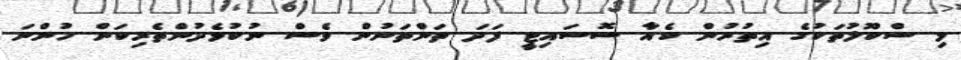
މި ސްކޫލުތަކުގެ އިތުރުން ކެއާ ސޮސައިޓީ ފަދަ ތަންތަނުން ވެސް ނުކުޅެދުންތެރިކަން ހުންނަ